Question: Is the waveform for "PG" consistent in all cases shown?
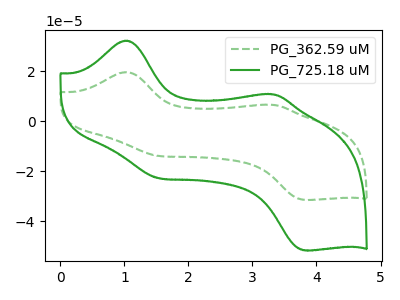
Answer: <think>The green dashed curve "PG_362.59 uM" has anodic peaks at (1.00V, 19.65uA) (3.30V, 6.55uA) and cathodic peaks at (1.55V, -13.85uA) (3.80V, -31.50uA). The green curve "PG_725.18 uM" has anodic peaks at (1.00V, 32.25uA) (3.30V, 10.75uA) and cathodic peaks at (1.55V, -22.75uA) (3.80V, -51.70uA).
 All the peaks in "PG_362.59 uM" have a peak in "PG_725.18 uM" at the same potential. Every peak in "PG_362.59 uM" is lower than every peak in "PG_725.18 uM".</think>
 <answer>All the CV's of "PG" have similar shape.</answer>
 <eval>follow_rule</eval>